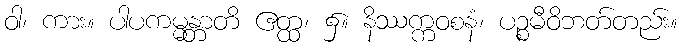
ဝါ၊ ကား။ ပါပကမ္မန္တာတိ ဧတ္ထ၊ ၌။ နိဿက္ကဝစနံ၊ ပဉ္စမီဝိဘတ်တည်း။